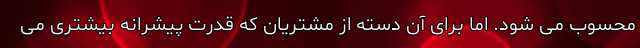
محسوب می شود. اما برای آن دسته از مشتریان که قدرت پیشرانه بیشتری می